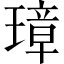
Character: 璋